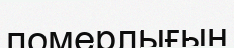
померлығын